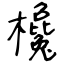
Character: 欃